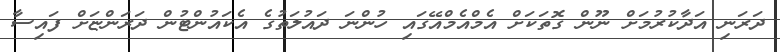
ދަރަނި އަދާކުރުމަށް ނޫން ގޮތަކަށް އެމްއެމްއޭގައި ހުންނަ ދައުލަތުގެ އެކައުންޓުން ދަރަންޏަށް ފައިސާ